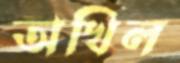
অখিল